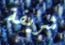
شريفة